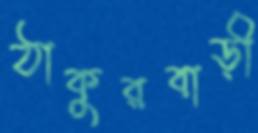
ঠাকুরবাড়ী